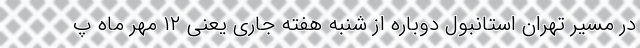
در مسیر تهران استانبول دوباره از شنبه هفته جاری یعنی ۱۲ مهر ماه پ